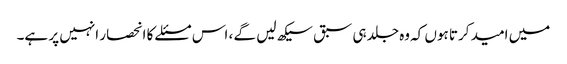
میں امید کرتا ہوں کہ وه جلد ہی سبق سیکھ لیں گے ، اس مسئلے کا انحصار انہیں پر ہے۔